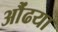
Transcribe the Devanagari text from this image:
औंढया